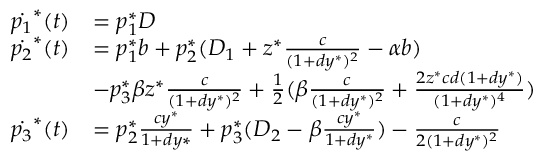
\begin{array} { r l } { \dot { p _ { 1 } } ^ { * } ( t ) } & { = p _ { 1 } ^ { * } D } \\ { \dot { p _ { 2 } } ^ { * } ( t ) } & { = p _ { 1 } ^ { * } b + p _ { 2 } ^ { * } ( D _ { 1 } + z ^ { * } \frac { c } { ( 1 + d y ^ { * } ) ^ { 2 } } - \alpha b ) } \\ & { - p _ { 3 } ^ { * } \beta z ^ { * } \frac { c } { ( 1 + d y ^ { * } ) ^ { 2 } } + \frac { 1 } { 2 } ( \beta \frac { c } { ( 1 + d y ^ { * } ) ^ { 2 } } + \frac { 2 z ^ { * } c d ( 1 + d y ^ { * } ) } { ( 1 + d y ^ { * } ) ^ { 4 } } ) } \\ { \dot { p _ { 3 } } ^ { * } ( t ) } & { = p _ { 2 } ^ { * } \frac { c y ^ { * } } { 1 + d y { * } } + p _ { 3 } ^ { * } ( D _ { 2 } - \beta \frac { c y ^ { * } } { 1 + d y ^ { * } } ) - \frac { c } { 2 ( 1 + d y ^ { * } ) ^ { 2 } } } \end{array}